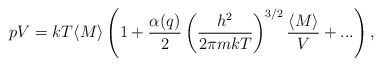
\begin{align*}pV=kT\langle M\rangle\left(1+\frac{\alpha(q)}{2}\left(\frac{h^2}{2\pi mkT}\right)^{3/2}\frac{\langle M\rangle}{V}+...\right),\end{align*}